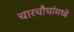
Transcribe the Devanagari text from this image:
चारचौघांमध्ये